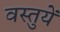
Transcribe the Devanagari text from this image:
वस्‍तुयें